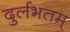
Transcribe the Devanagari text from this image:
दुर्लभतम्